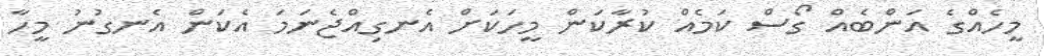
މީހެއްގެ އަންބެއް ގޯސް ކަމެއް ކުރާކަން މީހަކަށް އެނގިއްޖެނަމަ އެކަން އެނގުނު މީހާ